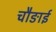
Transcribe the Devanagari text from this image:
चौङाई